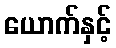
ယောက်နှင့်